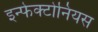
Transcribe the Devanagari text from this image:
इन्फेक्टोनियस